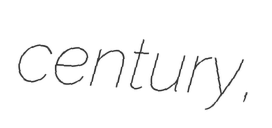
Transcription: century,